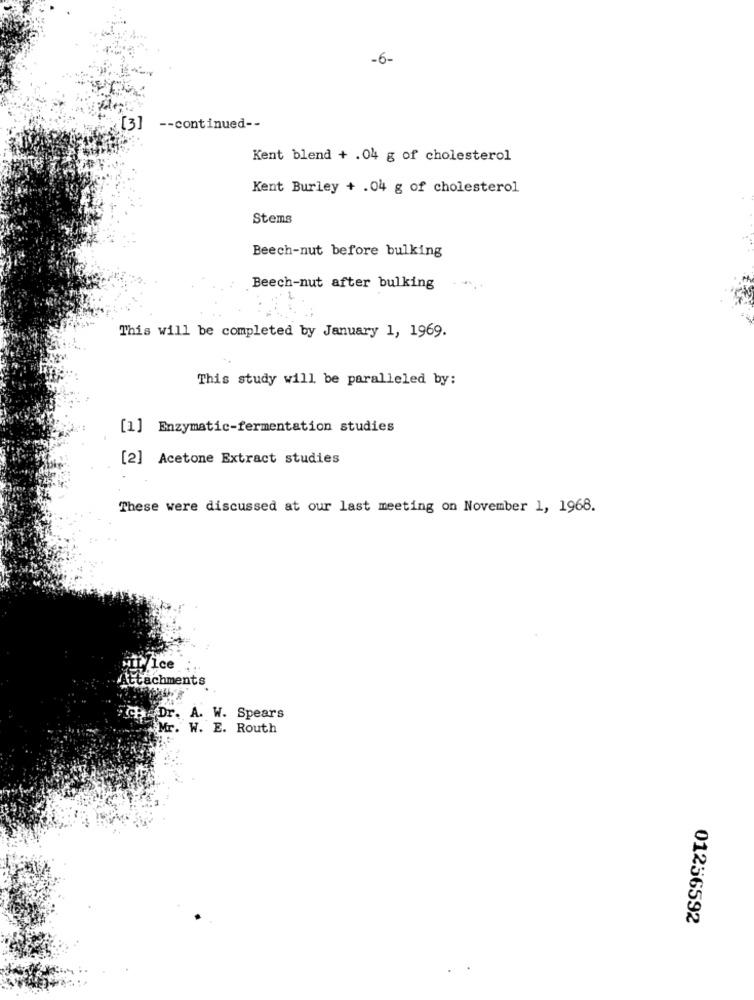
-6-
[3]
-- continued --
Kent blend + .04 g of cholesterol
Kent Burley + .04 g of cholesterol
Stems
Beech-nut before bulking
Beech-nut after bulking
This will be completed by January 1, 1969.
This study will be paralleled by:
[1] Enzymatic-fermentation studies
[2] Acetone Extract studies
These were discussed at our last meeting on November 1, 1968.
IL/ Ice
achments
Dr. A. W. Spears
Mr. W. E. Routh
01256592